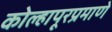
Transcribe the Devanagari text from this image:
कोल्हापूरप्रमाणे